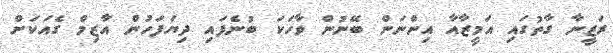
ރަޒީނާ ގާތުގައި އަމީޒާއާ އިންނަން ބޭނުން ވާހަކަ ބުނެފައި ދިޔަފަހުން އާޒިމް ގެއަކަށް